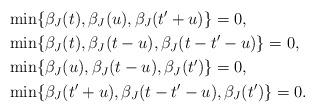
LaTeX: \begin{align*}&\min\{\beta_J(t), \beta_J(u), \beta_J(t'+u)\} = 0, \\ &\min\{\beta_J(t), \beta_J(t-u), \beta_J(t - t' - u)\} = 0, \\&\min\{\beta_J(u), \beta_J(t-u), \beta_J(t')\}= 0, \\ &\min\{\beta_J(t'+u), \beta_J(t - t' - u), \beta_J(t')\} = 0.\end{align*}